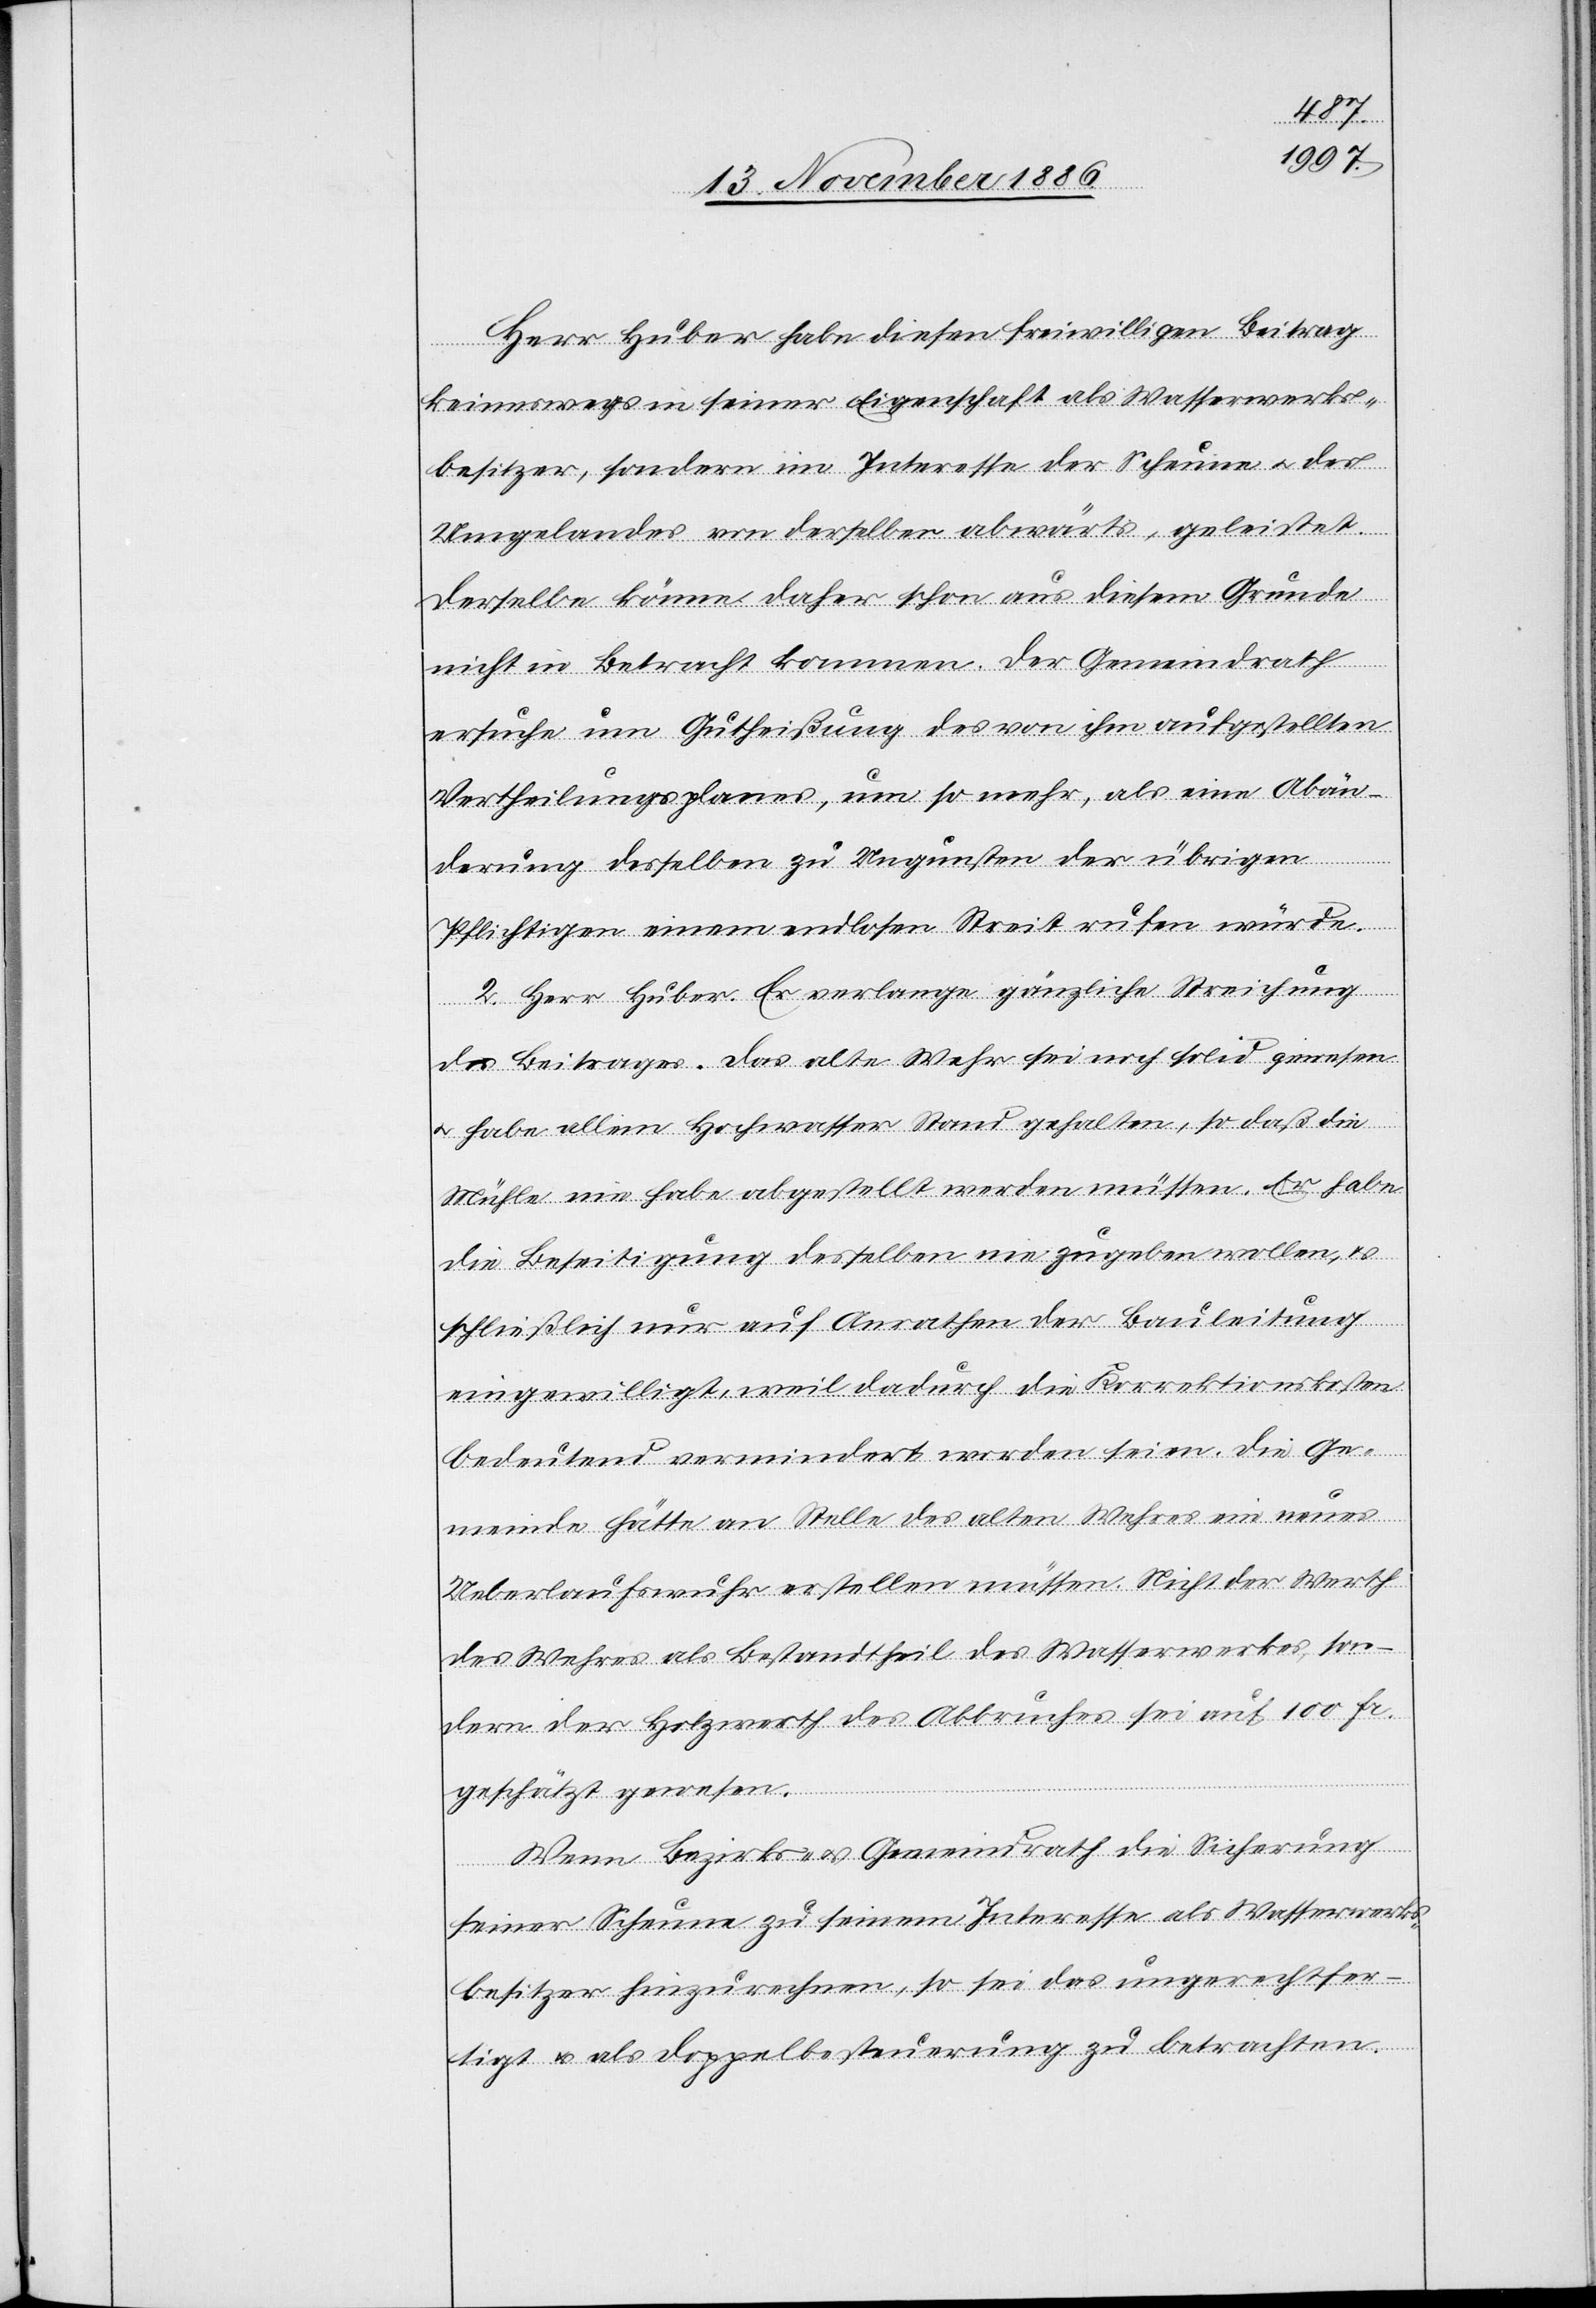
Herr Huber habe diesen freiwilligen Beitrag
keineswegs in seiner Eigenschaft als Wasserwerks¬
besitzer, sondern im Interesse der Scheune & des
Umgelandes [sic!] von derselben abwärts, geleistet.
Derselbe könne daher schon aus diesem Grunde
nicht in Betracht kommen. Der Gemeindrath
ersuche um Gutheißung des von ihm aufgestellten
Vertheilungsplanes, um so mehr, als eine Abän¬
derung desselben zu Ungunsten der übrigen
Pflichtigen einem endlosen Streit rufen würde.
2. Herr Huber. Er verlange gänzliche Streichung
des Beitrages. Das alte Wehr sei noch solid gewesen
& habe allem Hochwasser Stand gehalten, so daß die
Mühle nie habe abgestellt werden müssen. Er habe
die Beseitigung desselben nie zugeben wollen, &
schließlich nur auf Anrathen der Bauleitung
eingewilligt, weil dadurch die Korrektionskosten
bedeutend vermindert worden seien. Die Ge¬
meinde hätte an Stelle des alten Wehres ein neues
Ueberlaufswuhr erstellen müssen. Nicht der Werth
des Wehres als Bestandtheil des Wasserwerkes, son¬
dern der Holzwerth des Abbruches sei auf 100 Fr.
geschätzt gewesen.
Wenn Bezirks- & Gemeindrath die Sicherung
seiner Scheune zu seinem Interesse als Wasserwerks¬
besitzer hinzurechnen, so sei das ungerechtfer¬
tigt & als Doppelbesteuerung zu betrachten.